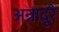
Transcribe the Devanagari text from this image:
अन्नादूरै